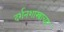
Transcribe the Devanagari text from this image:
दर्शनशास्त्राच्या